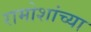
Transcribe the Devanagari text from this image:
रामोशांच्या